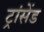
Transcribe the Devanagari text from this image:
ट्रांसेंड